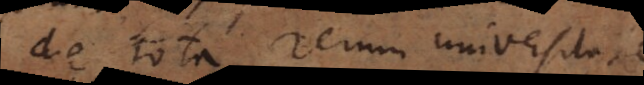
de tota rerum universitate.